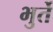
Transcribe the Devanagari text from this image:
भुर्ते